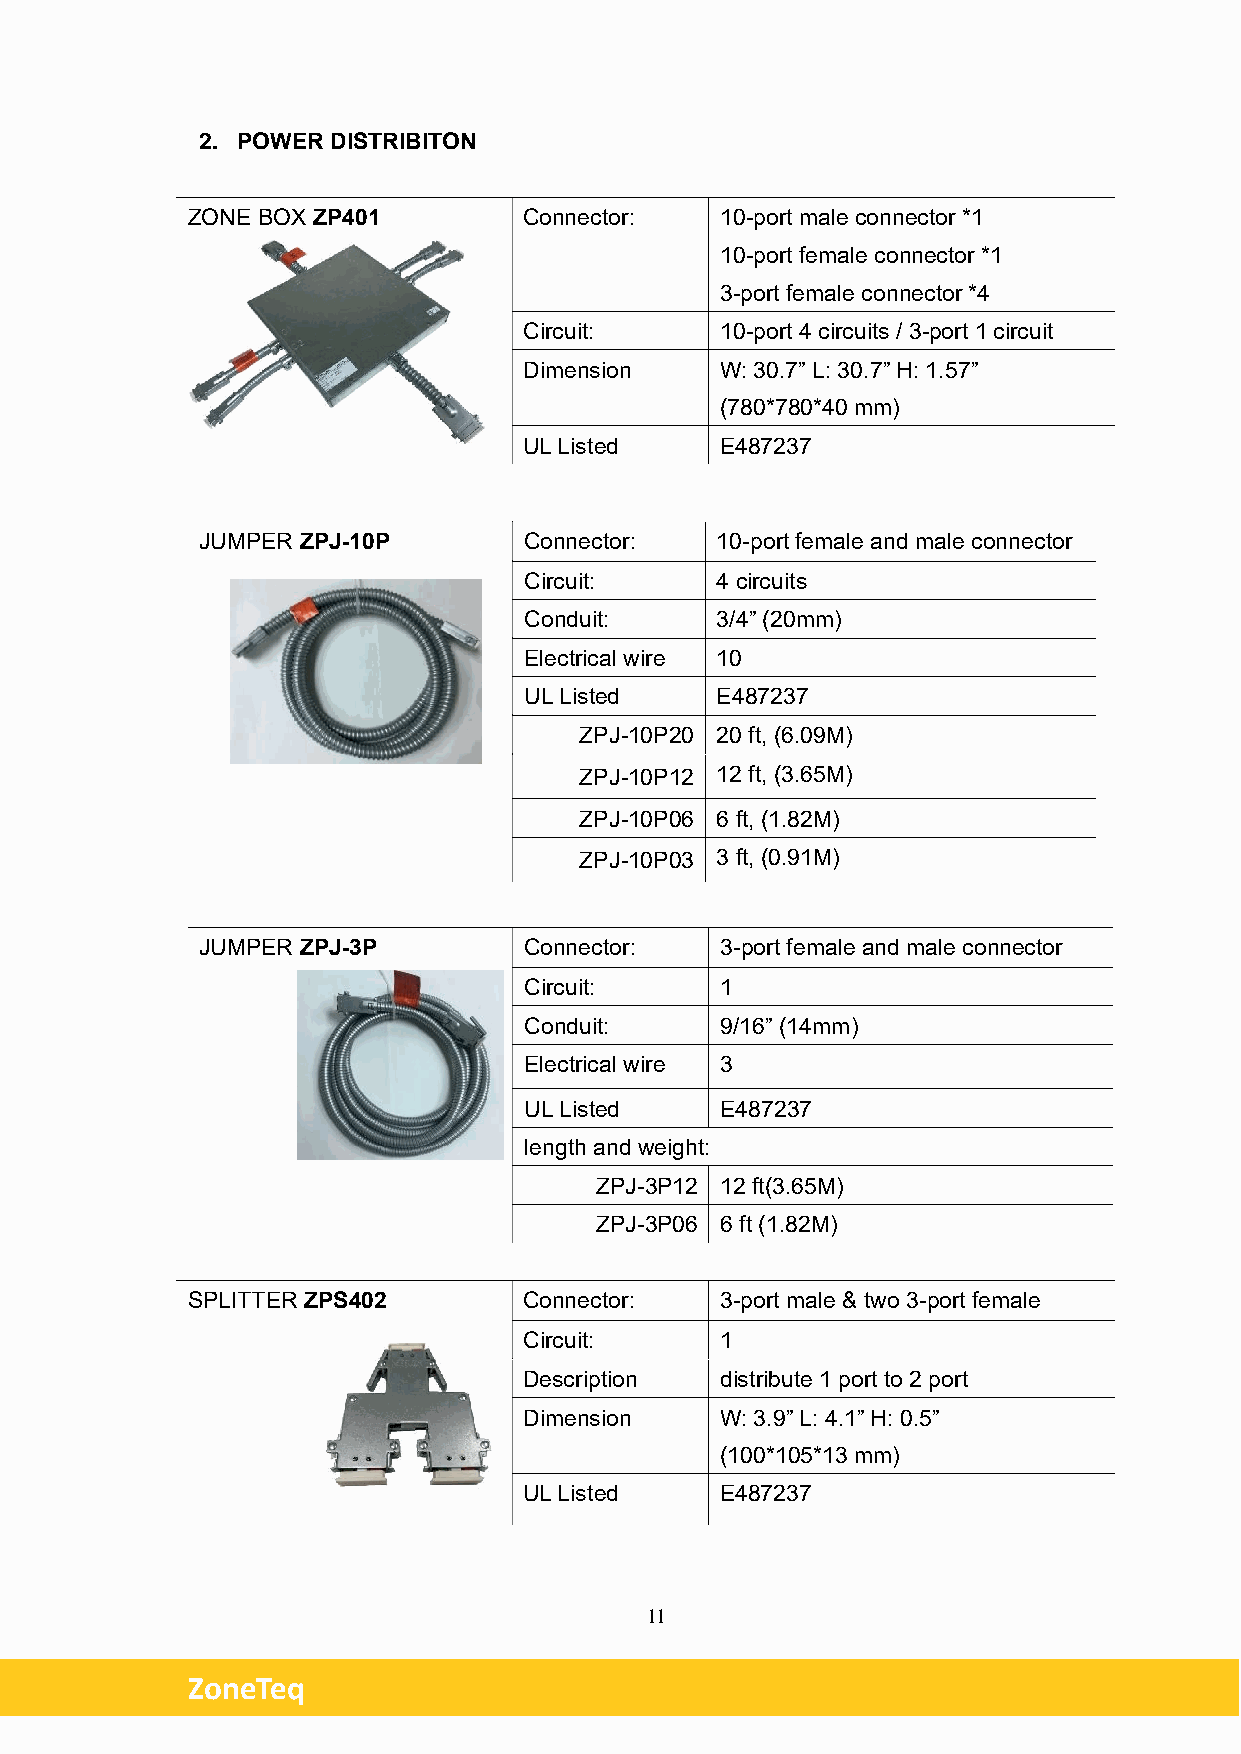
2. POWER DISTRIBITON
 ZONE BOX ZP401         Connector:   10-port male connector *1
 10-port female connector *1
 3-port female connector *4
 Circuit:     10-port 4 circuits / 3-port 1 circuit
 Dimension    W: 30.7” L: 30.7” H: 1.57”
 (780*780*40 mm)
 UL Listed    E487237
 JUMPER ZPJ-10P        Connector:  10-port female and male connector
 Circuit:    4 circuits
 Conduit:    3/4” (20mm)
 Electrical wire 10
 UL Listed   E487237
 ZPJ-10P20 20 ft, (6.09M)
 ZPJ-10P12 12 ft, (3.65M)
 ZPJ-10P06 6 ft, (1.82M)
 ZPJ-10P03 3 ft, (0.91M)
 JUMPER ZPJ-3P         Connector:   3-port female and male connector
 Circuit:     1
 Conduit:     9/16” (14mm)
 Electrical wire 3
 UL Listed    E487237
 length and weight:
 ZPJ-3P12 12 ft(3.65M)
 ZPJ-3P06 6 ft (1.82M)
 SPLITTER ZPS402        Connector:   3-port male & two 3-port female
 Circuit:     1
 Description  distribute 1 port to 2 port
 Dimension    W: 3.9” L: 4.1” H: 0.5”
 (100*105*13 mm)
 UL Listed    E487237
 11
 ZoneTeq